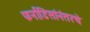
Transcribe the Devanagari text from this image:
फर्नांडिसांनंतरचे